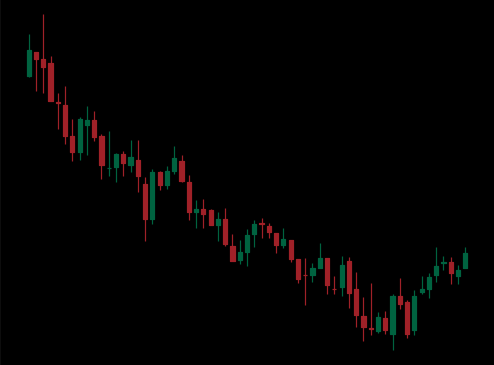
Pattern: bull_flag